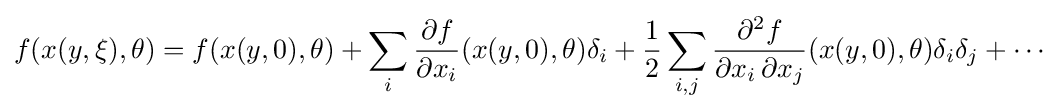
f(x(y,\xi ),\theta )=f(x(y,0),\theta )+\sum _{i}{\frac {\partial f}{\partial x_{i}}}(x(y,0),\theta )\delta _{i}+{\frac {1}{2}}\sum _{i,j}{\frac {\partial ^{2}f}{\partial x_{i}\,\partial x_{j}}}(x(y,0),\theta )\delta _{i}\delta _{j}+\cdots